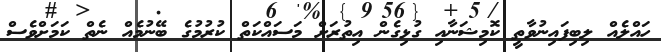
ހައްލެއް ލިބިފައިނުވާތީ ކޮމިޝަނާއި ގުޅިގެން އިތުރަށް މަސައްކަތް ކުރުމުގެ ބޭނުމެއް ނެތް ކަމަށްވެސް